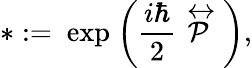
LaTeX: *:=\ \mathrm{exp}\ \bigg(\frac{i\hbar}{2}\stackrel{\leftrightarrow}{\cal P}\bigg),